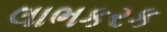
લાભકરક